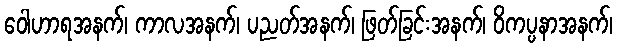
ဝေါဟာရအနက်၊ ကာလအနက်၊ ပညတ်အနက်၊ ဖြတ်ခြင်းအနက်၊ ဝိကပ္ပနာအနက်၊